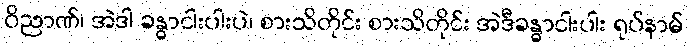
ဝိညာဏ်၊ အဲဒါ ခန္ဓာငါးပါးပဲ၊ စားသိတိုင်း စားသိတိုင်း အဲဒီခန္ဓာငါးပါး ရုပ်နာမ်